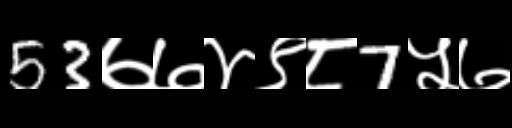
Text: 53७७४९८7५७